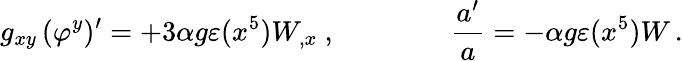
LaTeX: g_{xy}\, (\varphi^{y})^{\prime}=+3\alpha g\varepsilon(x^{5})W_{,x}\ ,\qquad\qquad{\frac{a^{\prime}}{a}}=-\alpha g\varepsilon(x^{5})W\, .